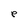
Character: e